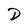
Character: D